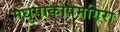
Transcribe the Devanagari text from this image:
मधुपाकोपमगिरा